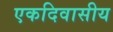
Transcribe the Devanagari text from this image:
एकदिवासीय